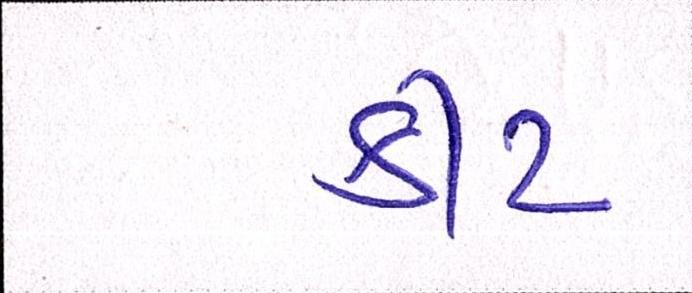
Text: કીટ